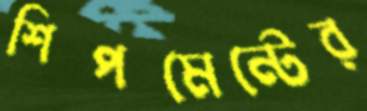
শিপমেন্টের